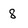
Character: 8